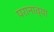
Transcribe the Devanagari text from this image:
परानाव्या